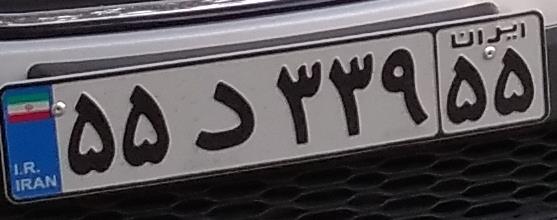
۵۵د۳۳۹۵۵